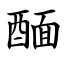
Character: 䤄